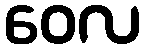
ဝေလ